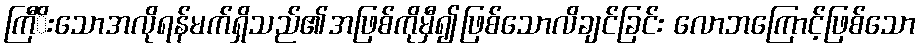
ကြီိးသောအလိုရန်မက်ရှိသည်၏အဖြစ်ကိုမှီ၍ဖြစ်သောလိချင်ခြင်း လောဘကြောင့်ဖြစ်သော